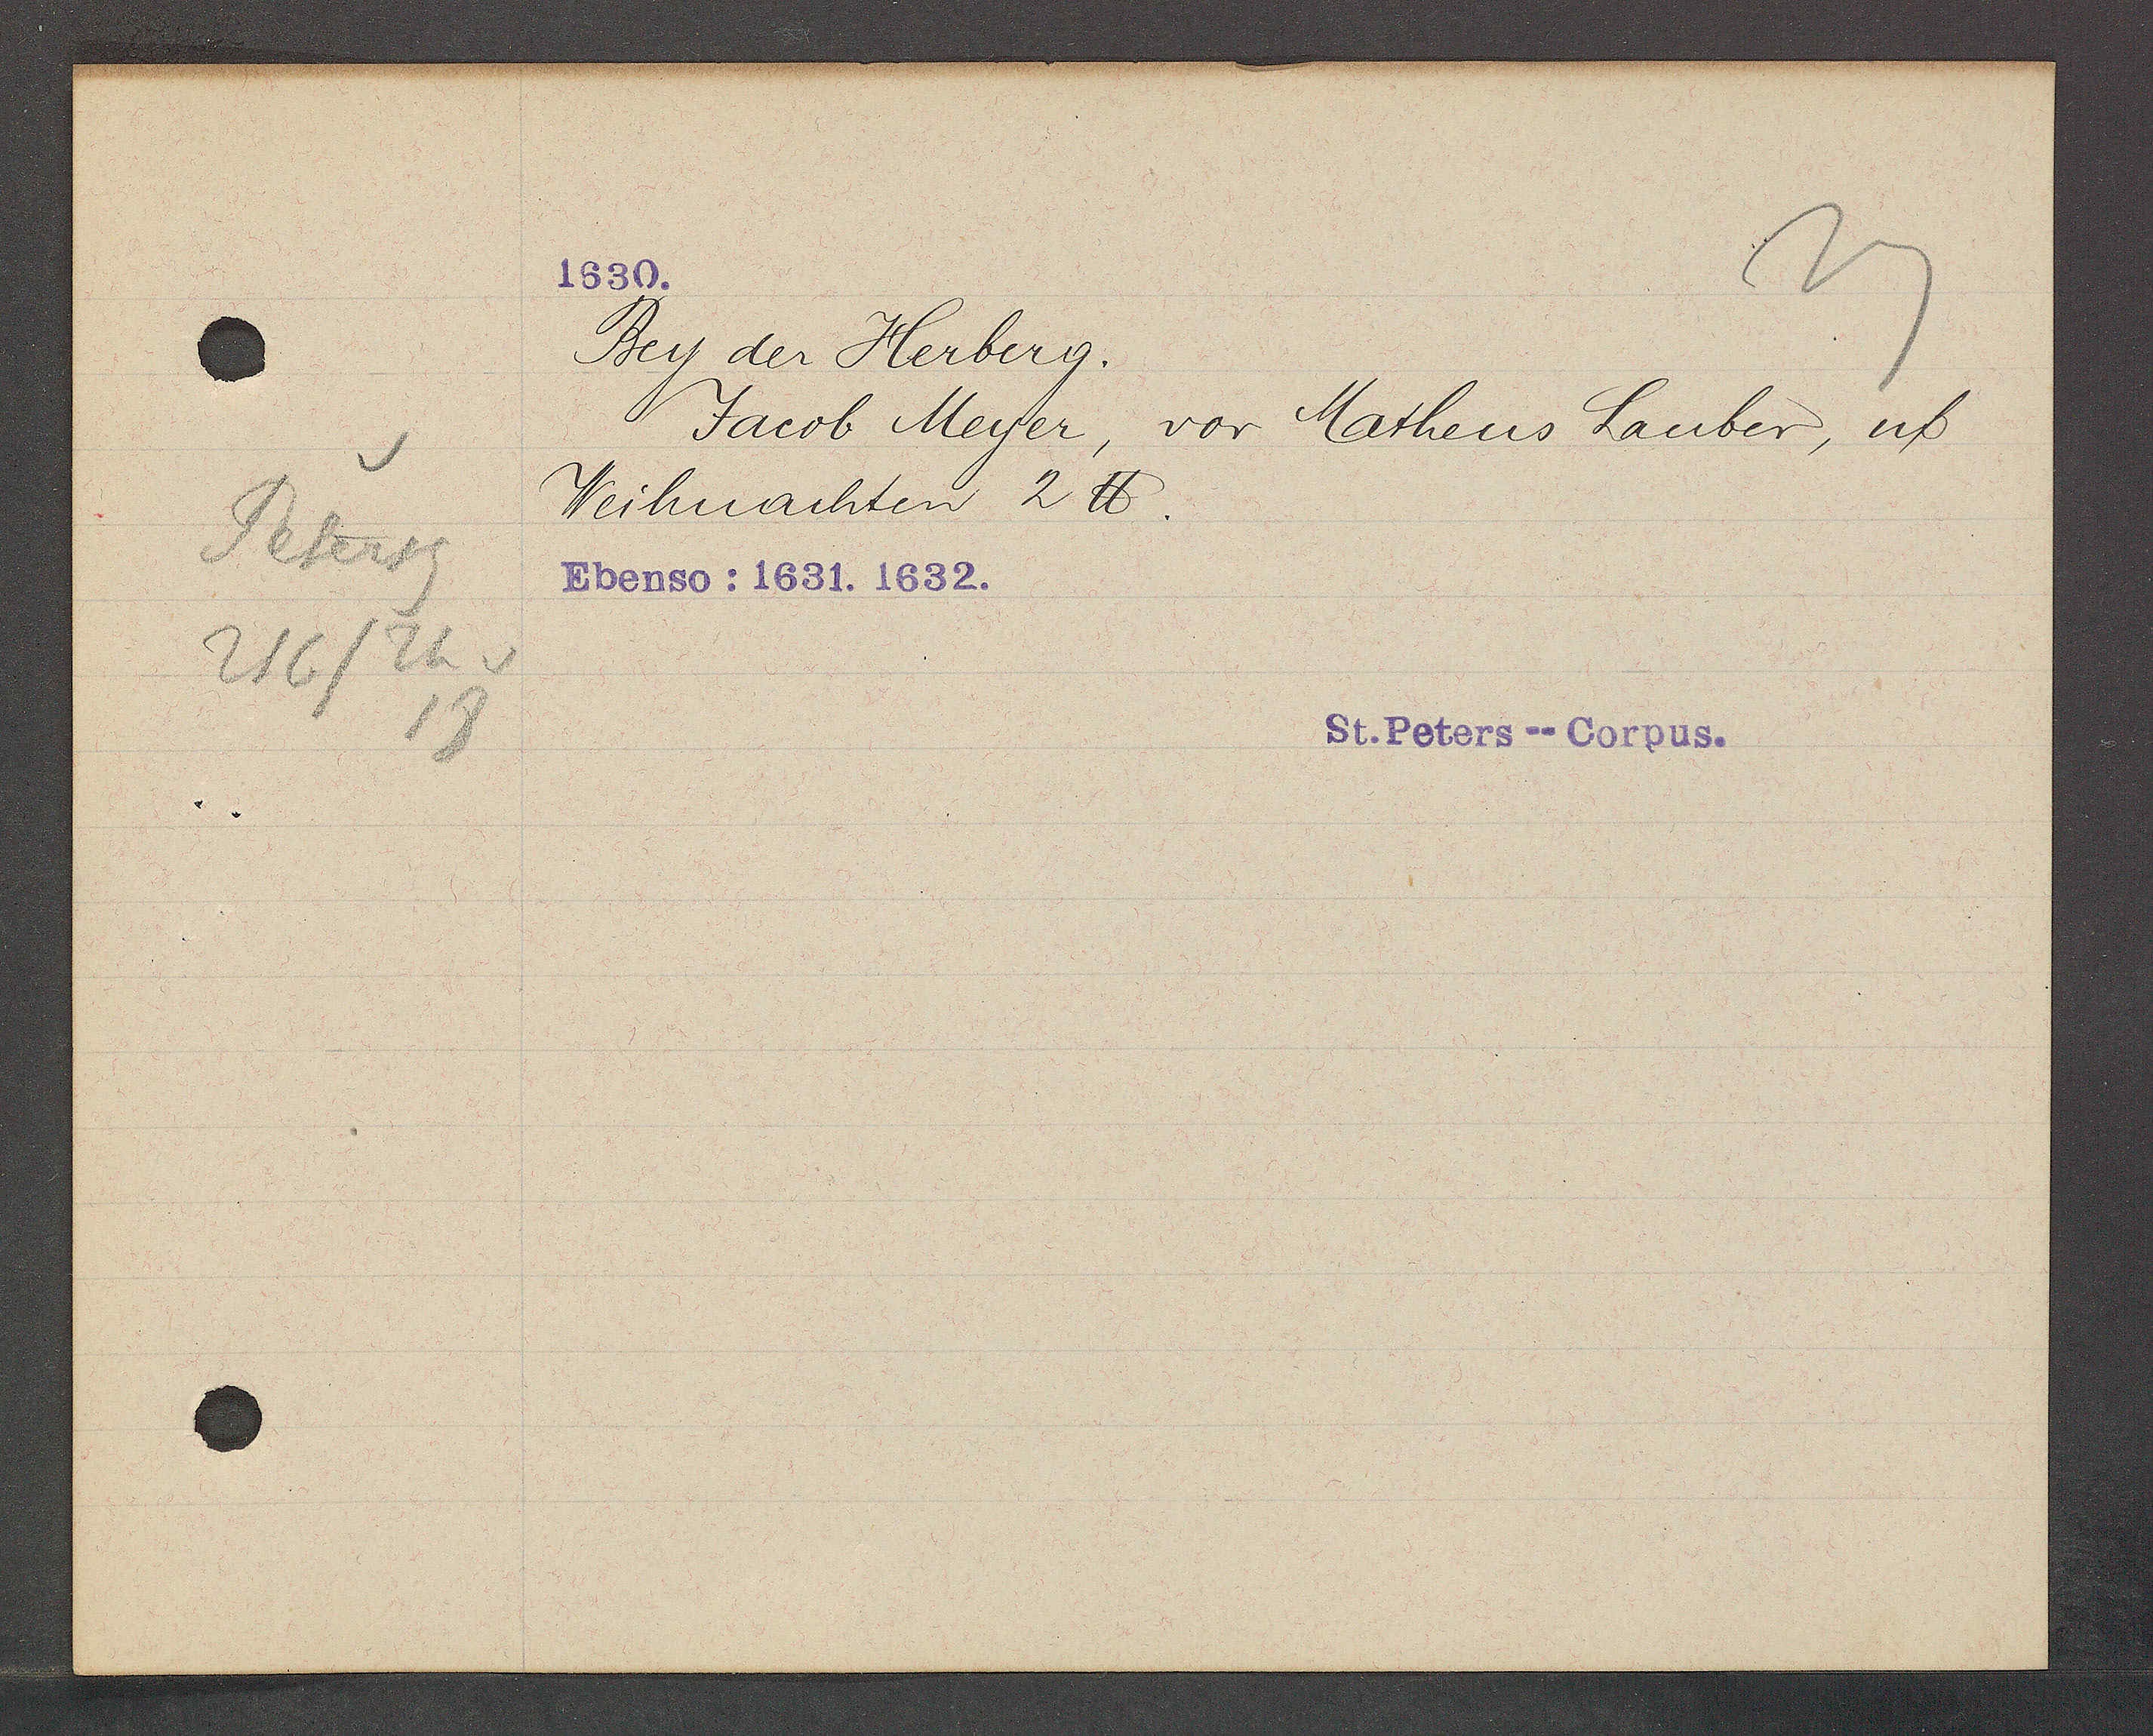
Transcript:
Petersg
216/Th v
18

1630.

Bey der Herberg.
Jacob Meyer, vor Matheus Lauber, uf
Weihnachten 2 ℔.
Ebenso: 1631. 1632.

St. Peters--Corpus.